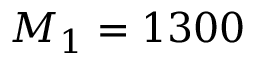
M _ { 1 } = 1 3 0 0